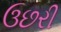
ઉછરી